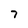
Character: 7